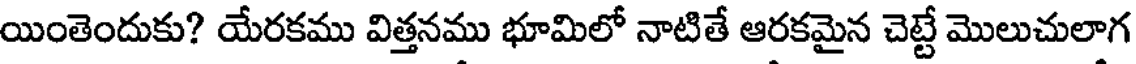
యింతెందుకు? యేరకము విత్తనము భూమిలో నాటితే ఆరకమైన చెట్టే మొలుచులాగ